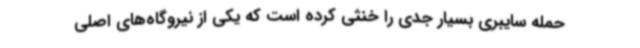
حمله سایبری بسیار جدی را خنثی کرده است که یکی از نیروگاه‌های اصلی